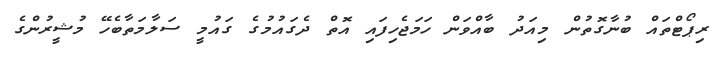
ރިޕޯޓްތައް ބުނާގޮތުން މިއަދު ބާއްވަން ހަމަޖެހިފައި އޮތް ދެގައުމުގެ ގައުމީ ސަލާމަތާބެހޭ މުޝީރުންގެ